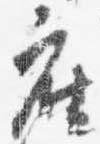
座